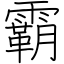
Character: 霸